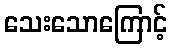
သေးသောကြောင့်